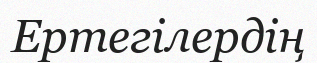
Ертегілердің